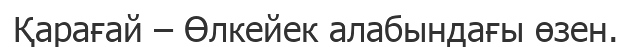
Қарағай – Өлкейек алабындағы өзен.